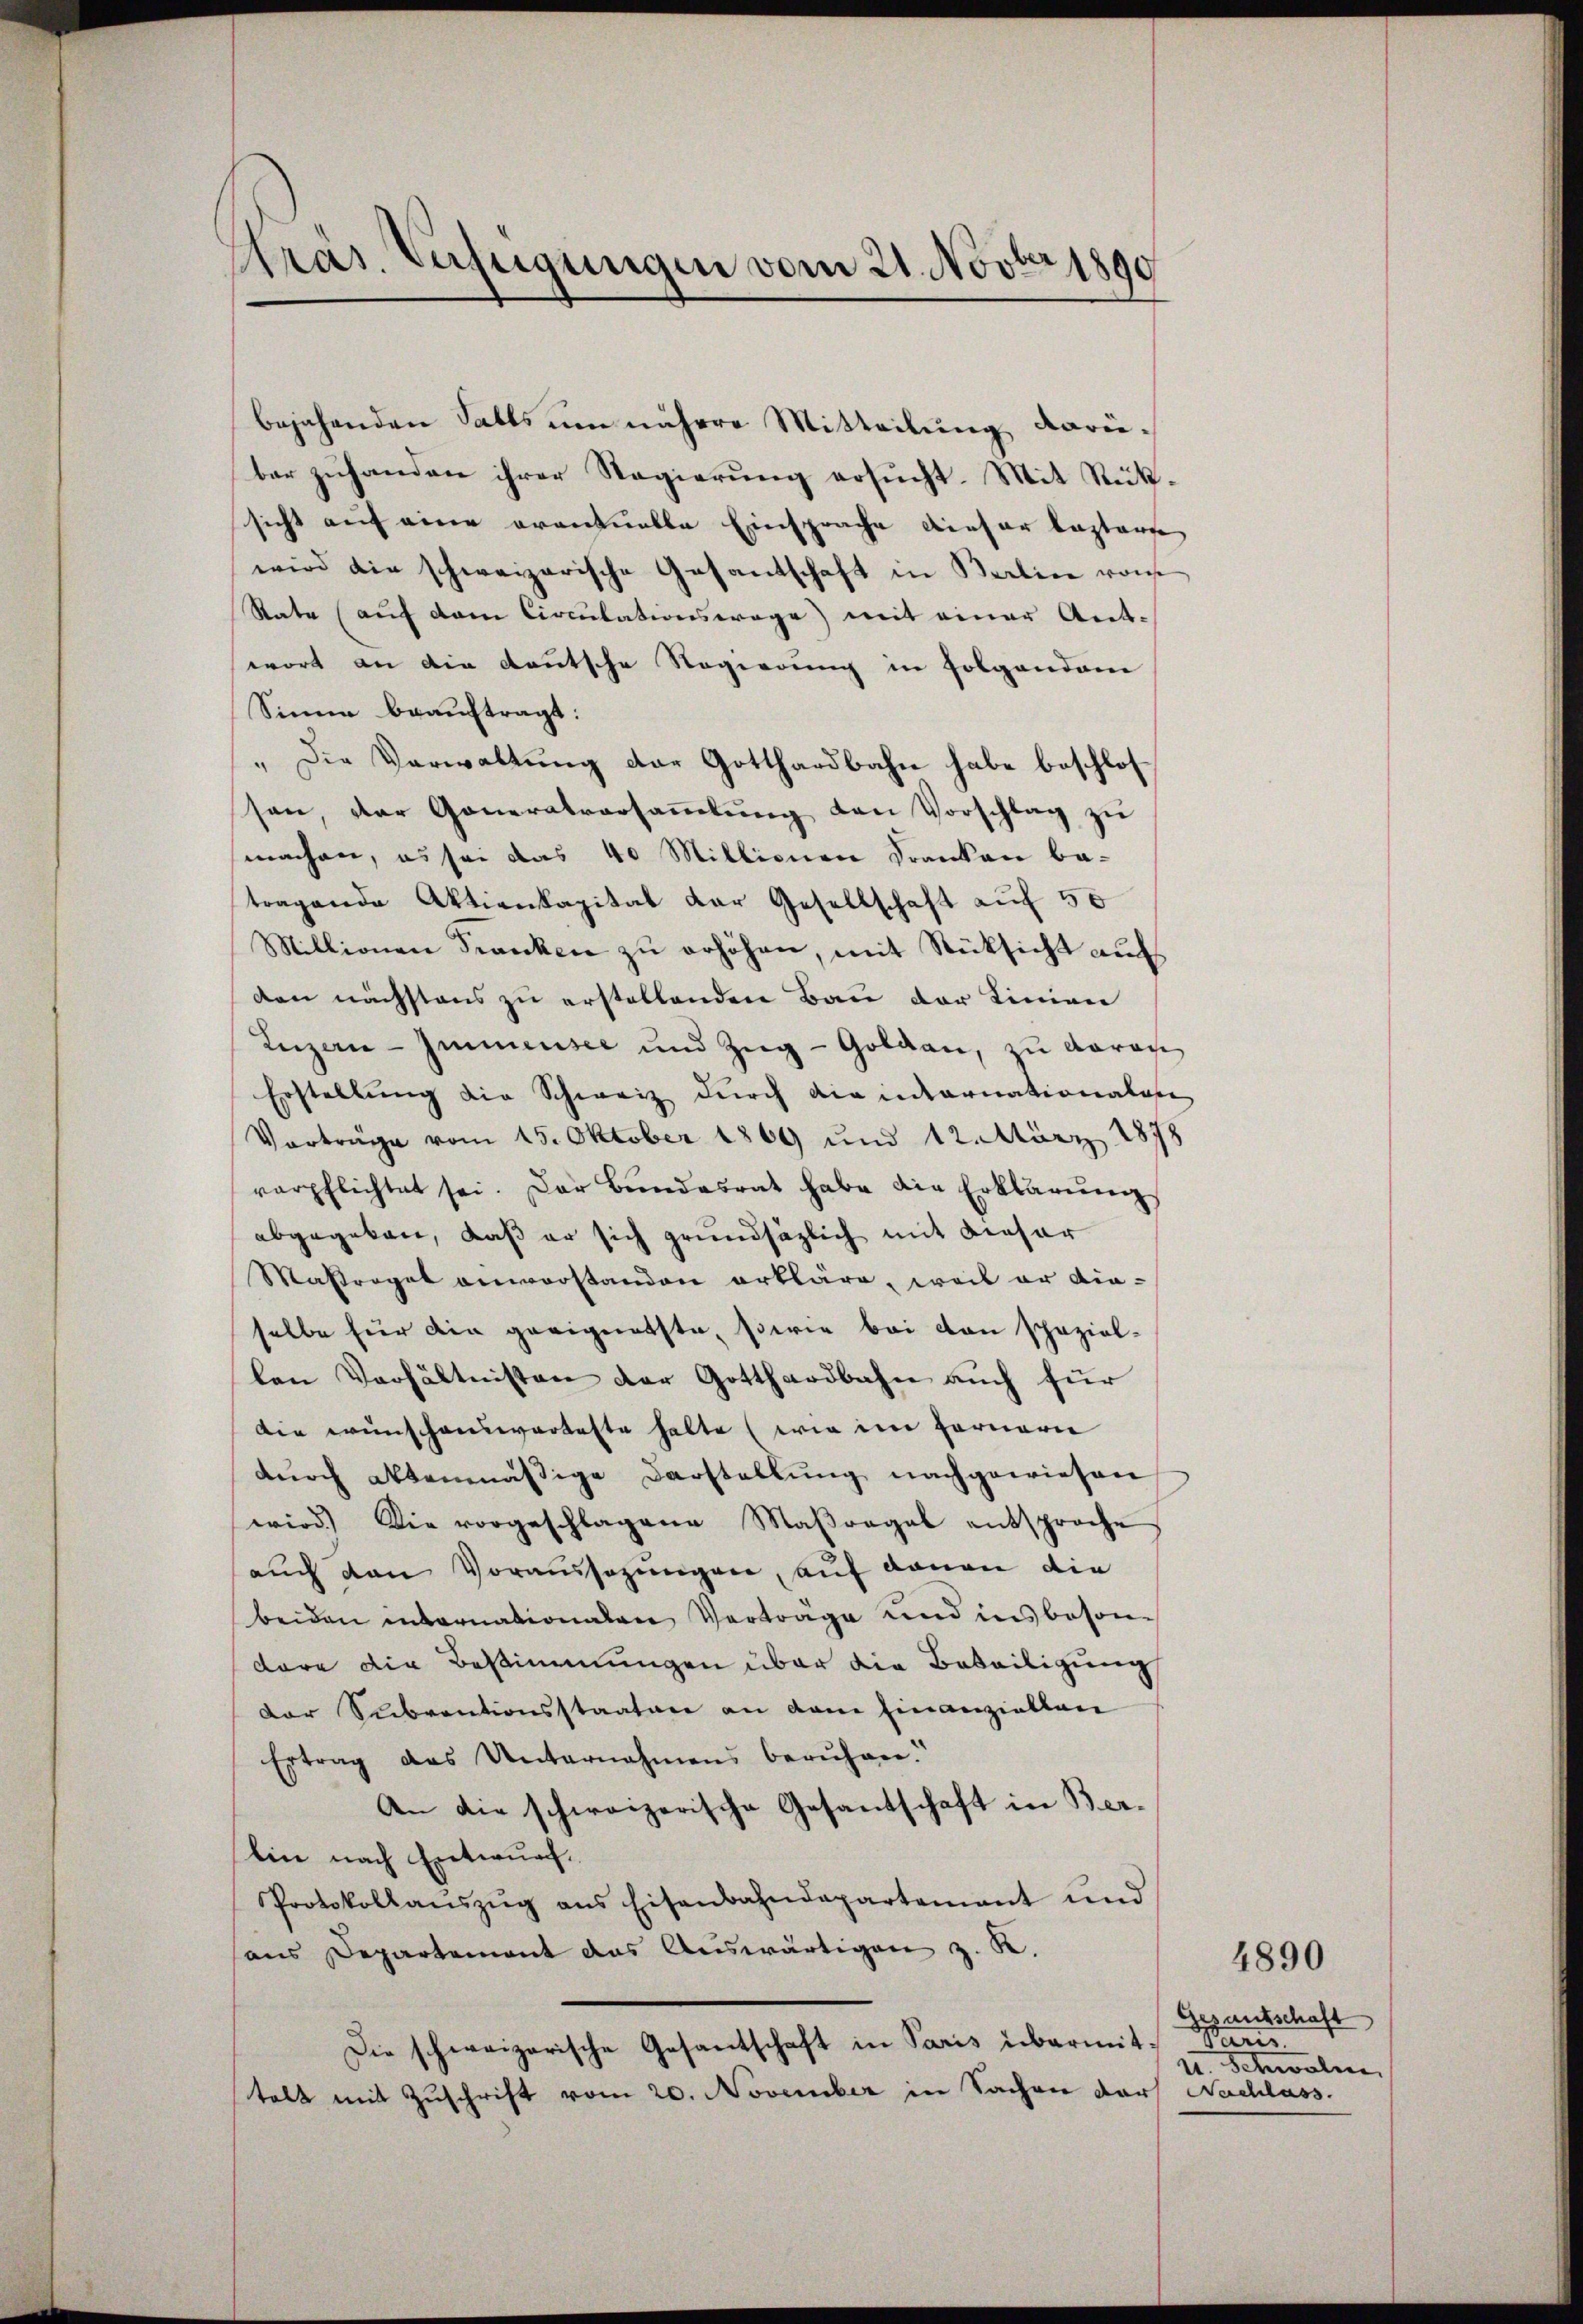
Präs. Verfügungen vom 21. Novber 1890

bejahenden Salls um nähere Mitteilung darüber zuhanden ihrer Regierung ersucht. Mit Rücksicht auf eine eventuelle Einsprache dieser bestanze
wird die schweizerische Gesantschaft in Berlin von
Rate (auf dem Circulationswage) mit einer Ant-
wort an die deutsche Regierung in folgendem
Sinne beauftragt:
„Die Verwaltung der Gotthardbahn habe beschlossen, der Generalversaṁlŭng von Vorschlag zŭ
machen, es sei das 40 Millionen Franken betragende Aktienkapital der Gesellschaft auf 50
Millionen Franken zu erhöhen, mit Rücksicht auf
den nächstens zu erstellenden Bau der Linien
Luzern Immensee und Zŭg-Goldau, zu darau
Erstellung die Schweiz durch die internationalen
Vorträge vom 15. Oktober 1869 und 12. März 1878
verpflichtet sei. Der Bundesrat habe die Erklärŭng
abgegeben, daß er sich grundsätzlich mit dieser
Massregel einvorstanden erkläre, weil er dieselbe für die geeignetste, sowie bei von spezial-
len Verhältnissen der Gotthardbahn auch für
Die wünschenswerteste halte (wie im Fernern
durch altenmässige Darstellung nachgewiesen
wird.) Die vorgeschlagene Maβragal entsproche
auch den Voraussagungen, auf daran die
beiden internationalen Verträge und insbesondare die Bestimmungen über die Beteiligung
der Subventionsstaaten an dem Einanziellen
Ertrag das Unternahmens beruhen.
An die schweizerische Gesantschaft in Berlin nach Entwurf.
Protokollaŭszŭg ans Eisenbahndepartement und
aus Departement das Auswärtigen z. K.
Die schweizerische Gesantschaft in Paris übermit Paris.
telt mit Zuschrift vom 20. November in Sachen Dorf Nachlass.

Gesandschaft
u. Schwal

4890